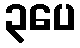
၃ပေ